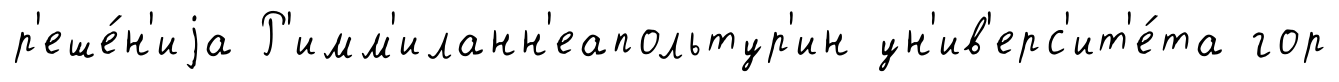
р'еше́н'иjа Р'имм'иланн'еапольтур'ин ун'ив'ерс'ит'е́та гор